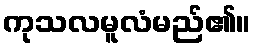
ကုသလမူလံမည်၏။